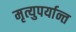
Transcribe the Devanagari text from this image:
मृत्युपर्यान्त